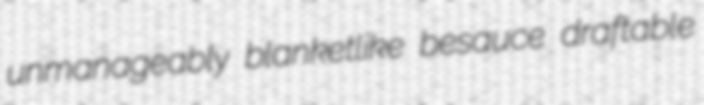
unmanageably blanketlike besauce draftable